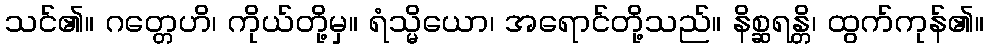
သင်၏။ ဂတ္တေဟိ၊ ကိုယ်တို့မှ။ ရံသ္မိယော၊ အရောင်တို့သည်။ နိစ္ဆရန္တိ၊ ထွက်ကုန်၏။